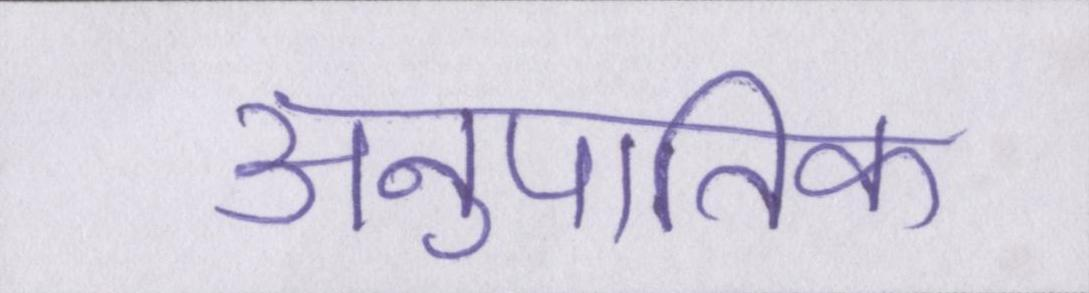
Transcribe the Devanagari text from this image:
अनुपातिक